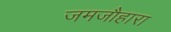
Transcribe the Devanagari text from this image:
जमजौहारा